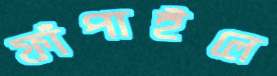
ফাঁপাইলে